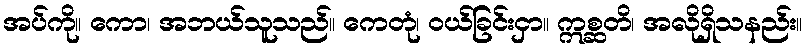
အပ်ကို။ ကော၊ အဘယ်သူသည်။ ကေတုံ၊ ဝယ်ခြင်းငှာ။ ဣစ္ဆတိ၊ အလိုရှိသနည်း။